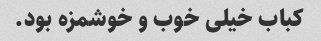
کباب خیلی خوب و خوشمزه بود.